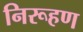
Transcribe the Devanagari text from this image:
निरूहण